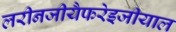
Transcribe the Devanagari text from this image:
लरीनजीयैफरेइजीयाल